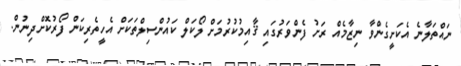
ނައްތަލާނެ އެކަށީގެންވާ ނިޒާމެއް ރަށު ފެންވަރުގައި ޤާއިމުކުރުމަށް ލޯކަލް ކައުންސިލްތަކަށް އެހީތެރިކަން ފޯރުކޮށްދިނުން.